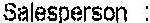
SALESPERSON: